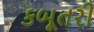
કબૂતરી